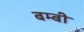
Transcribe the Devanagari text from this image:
बम्बी